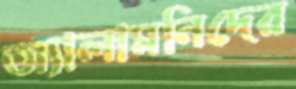
অ্যালামনিদের